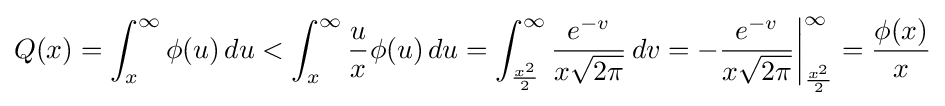
Q(x)=\int _{x}^{\infty }\phi (u)\,du<\int _{x}^{\infty }{\frac {u}{x}}\phi (u)\,du=\int _{\frac {x^{2}}{2}}^{\infty }{\frac {e^{-v}}{x{\sqrt {2\pi }}}}\,dv=-{\biggl .}{\frac {e^{-v}}{x{\sqrt {2\pi }}}}{\biggr |}_{\frac {x^{2}}{2}}^{\infty }={\frac {\phi (x)}{x}}